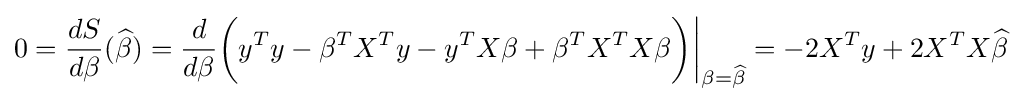
0={\frac {dS}{d\beta }}({\widehat {\beta }})={\frac {d}{d\beta }}{\bigg (}y^{T}y-\beta ^{T}X^{T}y-y^{T}X\beta +\beta ^{T}X^{T}X\beta {\bigg )}{\bigg |}_{\beta ={\widehat {\beta }}}=-2X^{T}y+2X^{T}X{\widehat {\beta }}